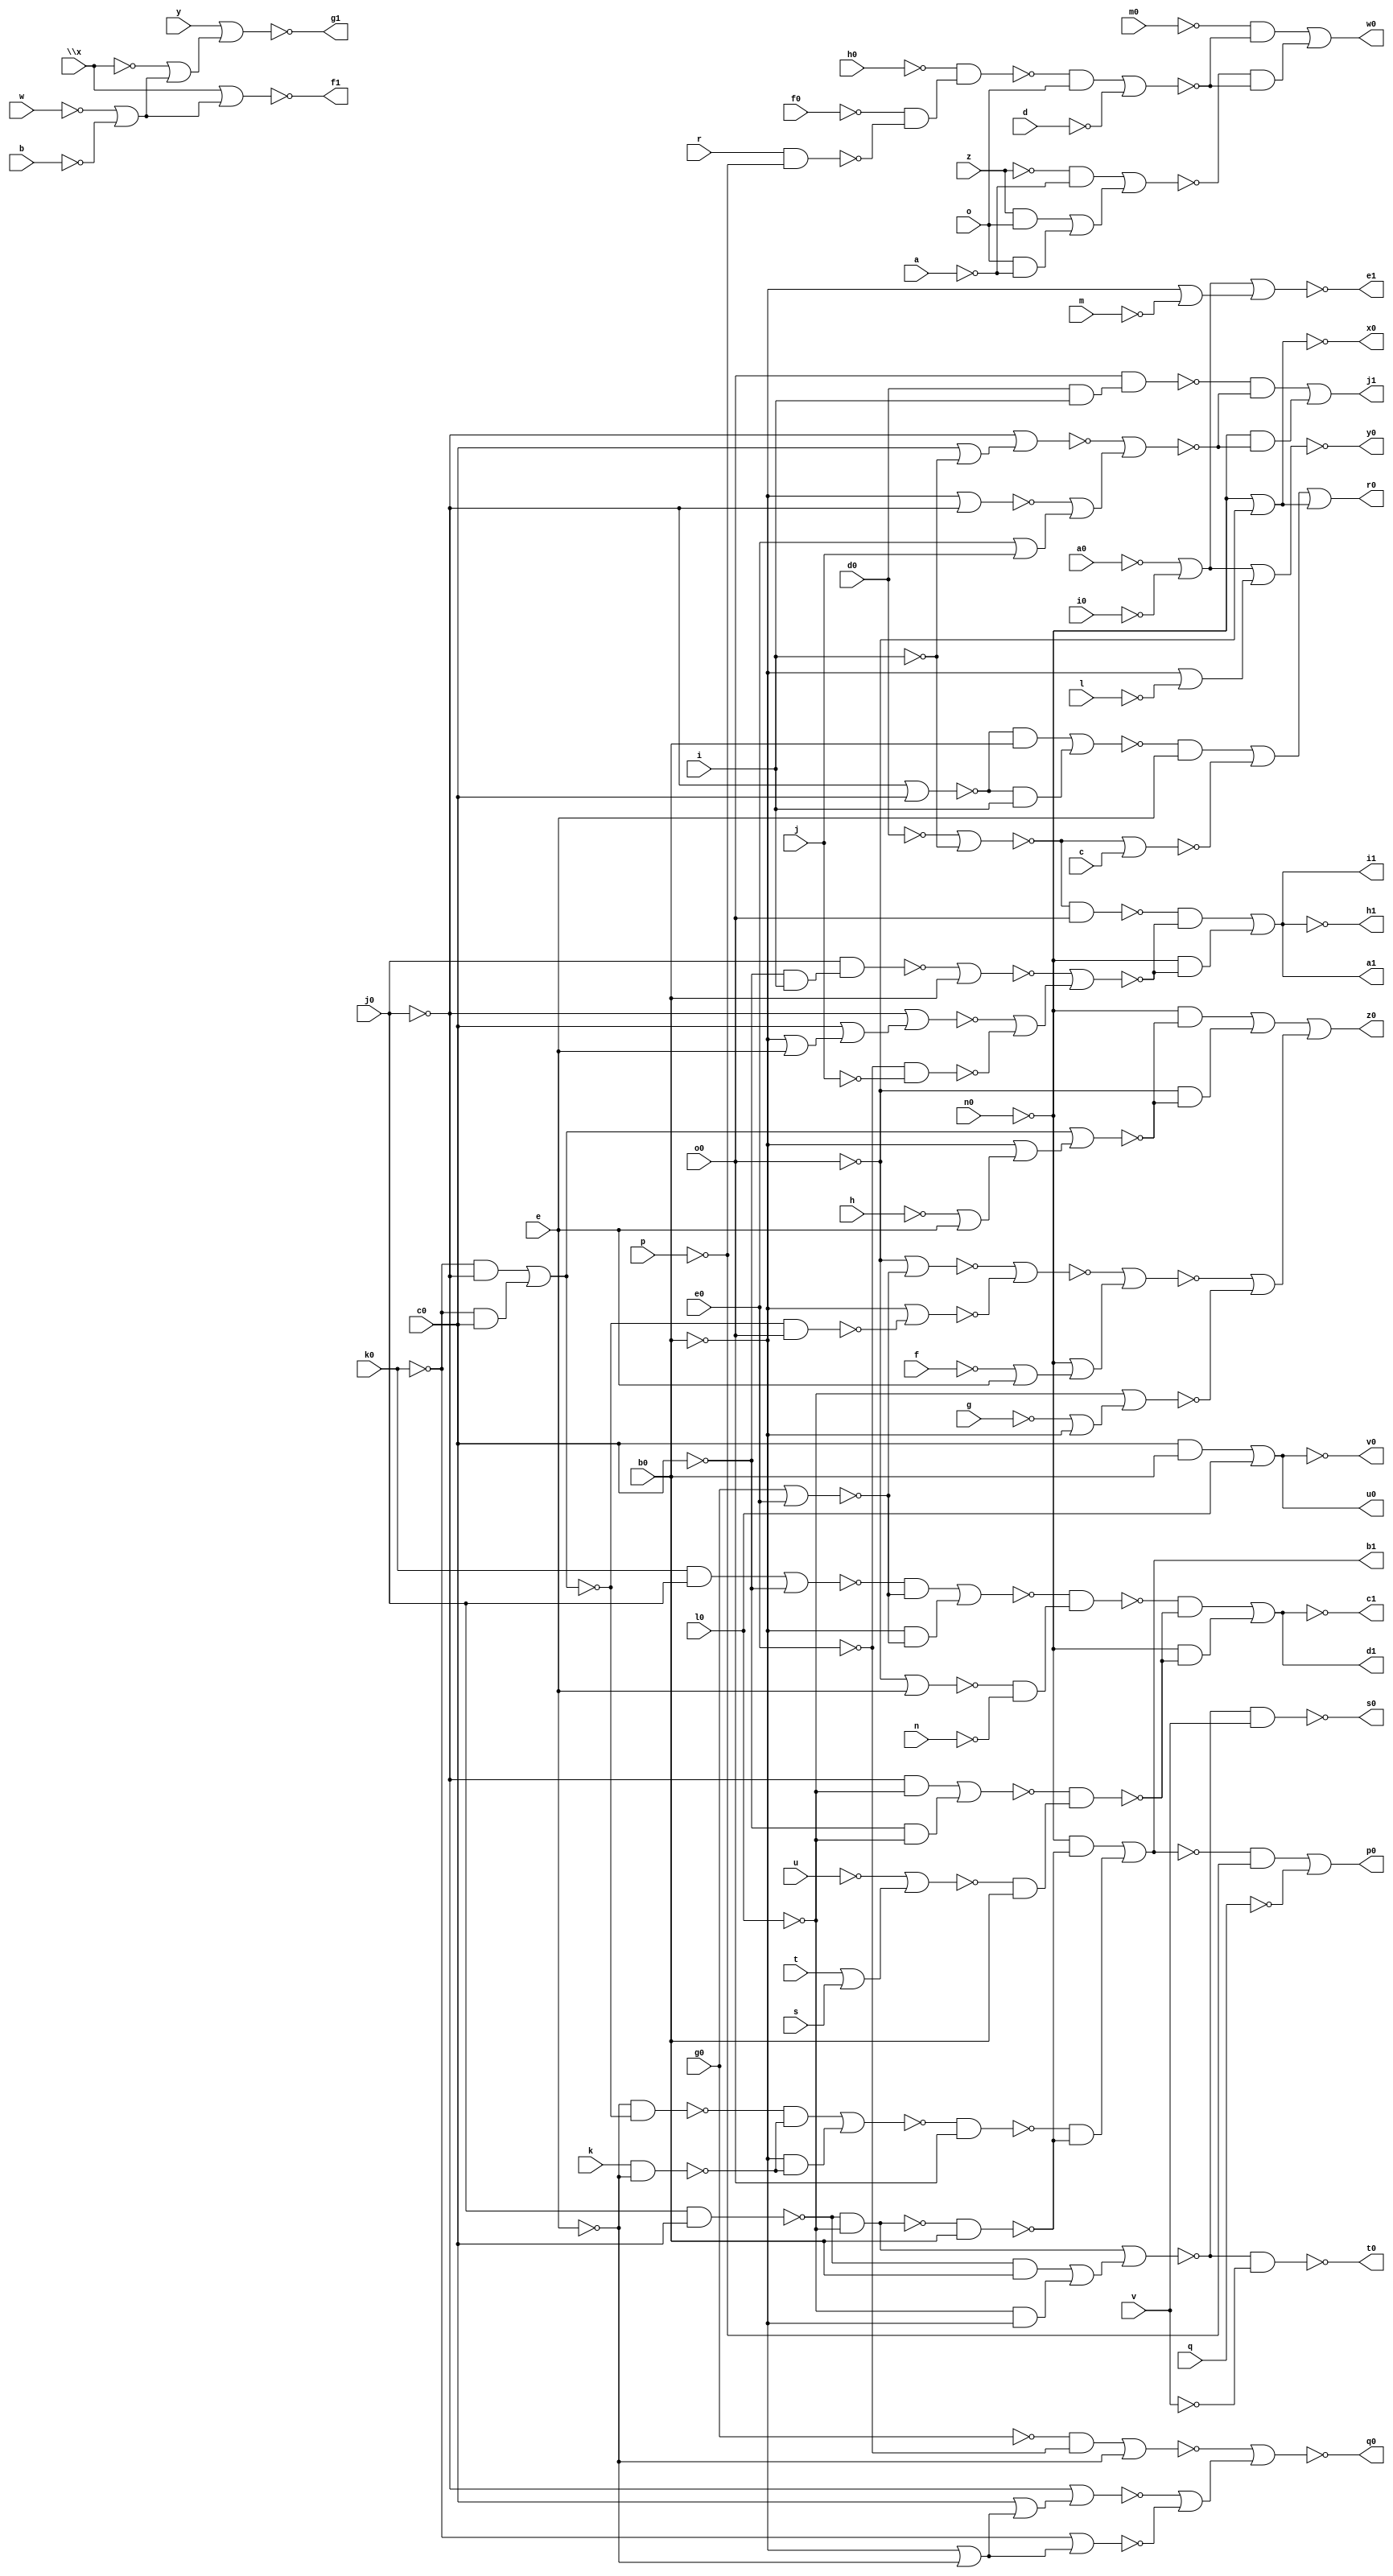
// IWLS benchmark module "b9" printed on Wed May 29 16:03:33 2002
module b9(a, b, c, d, e, f, g, h, i, j, k, l, m, n, o, p, q, r, s, t, u, v, w, \x , y, z, a0, b0, c0, d0, e0, f0, g0, h0, i0, j0, k0, l0, m0, n0, o0, p0, q0, r0, s0, t0, u0, v0, w0, x0, y0, z0, a1, b1, c1, d1, e1, f1, g1, h1, i1, j1);
input
  a,
  b,
  c,
  d,
  e,
  f,
  g,
  h,
  i,
  j,
  k,
  l,
  m,
  n,
  o,
  p,
  q,
  r,
  s,
  t,
  u,
  v,
  w,
  \x ,
  y,
  z,
  a0,
  b0,
  c0,
  d0,
  e0,
  f0,
  g0,
  h0,
  i0,
  j0,
  k0,
  l0,
  m0,
  n0,
  o0;
output
  a1,
  b1,
  c1,
  d1,
  e1,
  f1,
  g1,
  h1,
  i1,
  j1,
  p0,
  q0,
  r0,
  s0,
  t0,
  u0,
  v0,
  w0,
  x0,
  y0,
  z0;
wire
  \[6] ,
  \[7] ,
  \[8] ,
  \[9] ,
  \[20] ,
  a5,
  b5,
  c5,
  d4,
  d5,
  e4,
  e5,
  f3,
  f4,
  g2,
  g3,
  g5,
  h2,
  h4,
  i2,
  i3,
  i4,
  i5,
  j3,
  j4,
  j5,
  k2,
  k3,
  l2,
  l4,
  m2,
  m3,
  m4,
  m5,
  n3,
  n5,
  o3,
  o5,
  p5,
  q2,
  \[10] ,
  q3,
  q5,
  r2,
  \[11] ,
  r4,
  r5,
  s2,
  \[12] ,
  s3,
  s4,
  s5,
  t2,
  \[13] ,
  t3,
  t4,
  t5,
  u2,
  u4,
  u5,
  v2,
  \[15] ,
  v4,
  v5,
  \[0] ,
  w2,
  \[16] ,
  w3,
  w5,
  \[1] ,
  x2,
  \[17] ,
  x3,
  x4,
  \[2] ,
  \[18] ,
  y3,
  \[3] ,
  z3,
  \[4] ;
assign
  \[6]  = ~j4,
  \[7]  = (~m0 & ~u2) | (~v2 & ~u2),
  \[8]  = ~a5,
  \[9]  = ~x2,
  \[20]  = (~t2 & ~s2) | (~n0 & ~s2),
  a1 = \[11] ,
  a5 = ~n0 | ~o0,
  b1 = \[12] ,
  b5 = g0 | e0,
  c1 = \[13] ,
  c5 = ~o0 | e,
  d1 = w2,
  d4 = \x  | (~w | ~b),
  d5 = (~t5 & ~b5) | (~b0 & ~b5),
  e1 = \[15] ,
  e4 = y | (~\x  | (~w | ~b)),
  e5 = ~d5 & (~c5 & ~n),
  f1 = \[16] ,
  f3 = ~k3 & v,
  f4 = (~k0 & ~j0) | (~k0 & c0),
  g1 = \[17] ,
  g2 = ~m2 | (~l2 | ~k2),
  g3 = ~k3 & ~v,
  g5 = ~j0 | c0,
  h1 = \[18] ,
  h2 = ~i2 & o0,
  h4 = f4 | (~b0 | (~h | e)),
  i1 = \[11] ,
  i2 = ~d0 | ~i,
  i3 = w5 | (~b0 | ~m),
  i4 = ~f4 & o0,
  i5 = ~l0 | (~g | ~b0),
  j1 = \[20] ,
  j3 = j0 & c0,
  j4 = (c0 & b0) | l0,
  j5 = ~m5 | (~n0 | (~f | e)),
  k2 = ~e0 & ~j,
  k3 = (~j3 & ~l0) | ((~j3 & b0) | (~l0 & ~b0)),
  l2 = ~j0 | (c0 | (~b0 | e)),
  l4 = r & ~p,
  m2 = ~n3 | b0,
  m3 = (~v5 & e) | ~q3,
  m4 = ~h0 & (~f0 & ~l4),
  m5 = ~p5 | ~o5,
  n3 = j0 & (~c0 & i),
  n5 = (~n0 & ~h4) | (~o0 & ~h4),
  o3 = ~d0 | ~i,
  o5 = ~b0 | ~i4,
  p0 = \[0] ,
  p5 = ~o0 | ~q5,
  q0 = \[1] ,
  q2 = j0 & c0,
  \[10]  = n5 | (~j5 | ~i5),
  q3 = ~o3 | c,
  q5 = g0 | e0,
  r0 = \[2] ,
  r2 = ~q2 & ~l0,
  \[11]  = (~h2 & ~g2) | (~n0 & ~g2),
  r4 = ~u | (t | s),
  r5 = (~j0 & ~l0) | (~c0 & ~l0),
  s0 = \[3] ,
  s2 = ~s3 | (~t3 | (e0 | j)),
  \[12]  = (~n0 & ~u5) | (~t4 & ~u5),
  s3 = ~j0 | (c0 | ~i),
  s4 = (~v4 & ~x4) | (~b0 & ~x4),
  s5 = ~r5 & (~r4 & b0),
  t0 = \[4] ,
  t2 = o0 & (d0 & i),
  \[13]  = ~w2,
  t3 = ~b0 | ~j0,
  t4 = ~s4 & o0,
  t5 = (k0 & j0) | ~c0,
  u0 = j4,
  u2 = (~m4 & o) | ~d,
  u4 = (~k0 & ~j0) | (~k0 & c0),
  u5 = ~r2 & b0,
  v0 = \[6] ,
  v2 = (~z & ~a) | ((z & o) | (o & ~a)),
  \[15]  = ~i3,
  v4 = ~e & ~u4,
  v5 = (~g5 & b0) | (~g5 & i),
  \[0]  = (~\[12]  & ~p) | ~q,
  w0 = \[7] ,
  w2 = (~e5 & ~s5) | (~n0 & ~s5),
  \[16]  = ~d4,
  w3 = ~k0 | (~b0 | ~e),
  w5 = ~a0 | ~i0,
  \[1]  = ~z3,
  x0 = \[8] ,
  x2 = w5 | (~b0 | ~l),
  \[17]  = ~e4,
  x3 = ~j0 | (c0 | (~b0 | ~e)),
  x4 = k & ~e,
  \[2]  = m3 | (~o0 | ~n0),
  y0 = \[9] ,
  \[18]  = ~\[11] ,
  y3 = (~g0 & ~e0) | ~e,
  \[3]  = ~f3,
  z0 = \[10] ,
  z3 = ~y3 | (~x3 | ~w3),
  \[4]  = ~g3;
endmodule